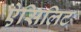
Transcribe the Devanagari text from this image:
ऐसिलिट